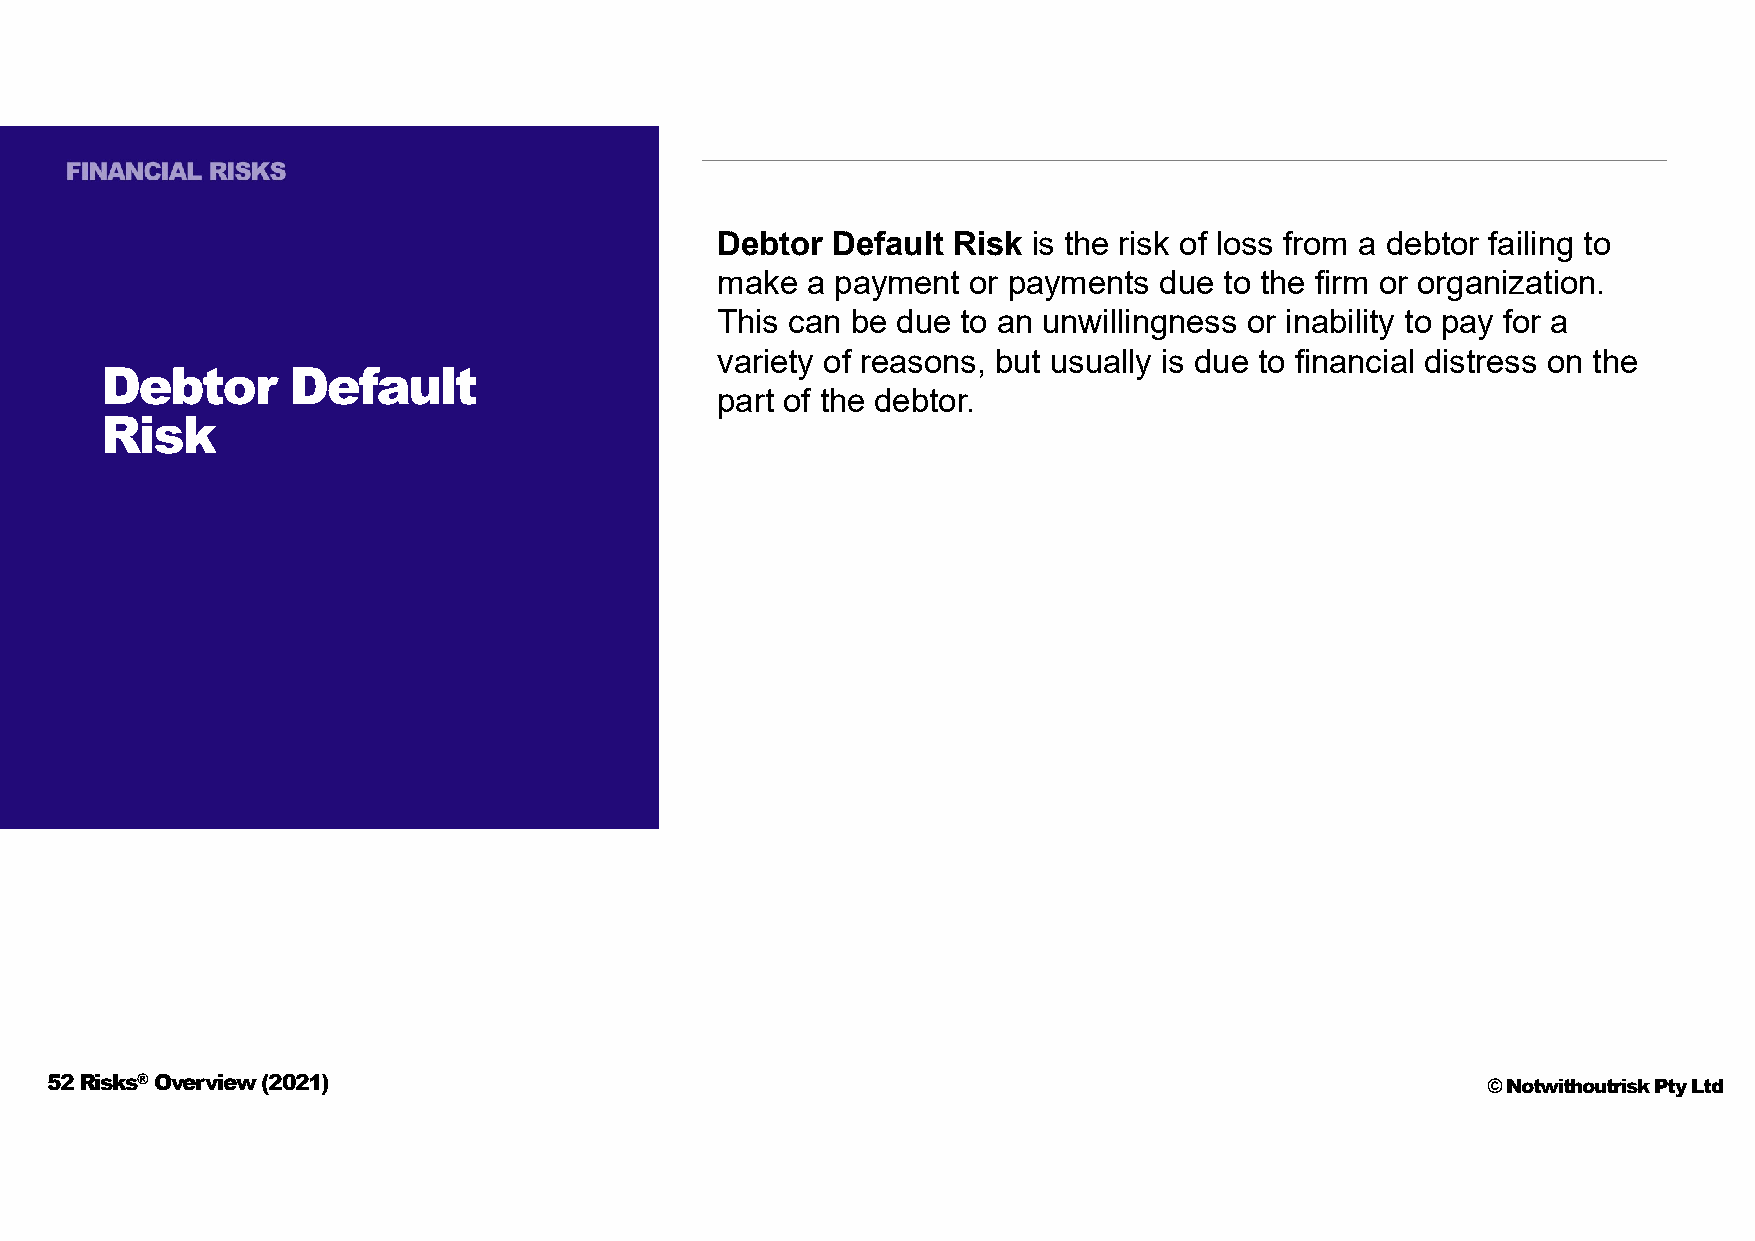
Debtor  Default Risk is the risk of loss from a debtor failing to
 make  a payment  or payments  due to the firm or organization.
 This can be due  to an unwillingness or inability to pay for a
 variety of reasons, but usually is due to financial distress on the
 Debtor      Default
 part of the debtor.
 Risk
 52 Risks®Overview (2021)                                                                       © Notwithoutrisk Pty Ltd